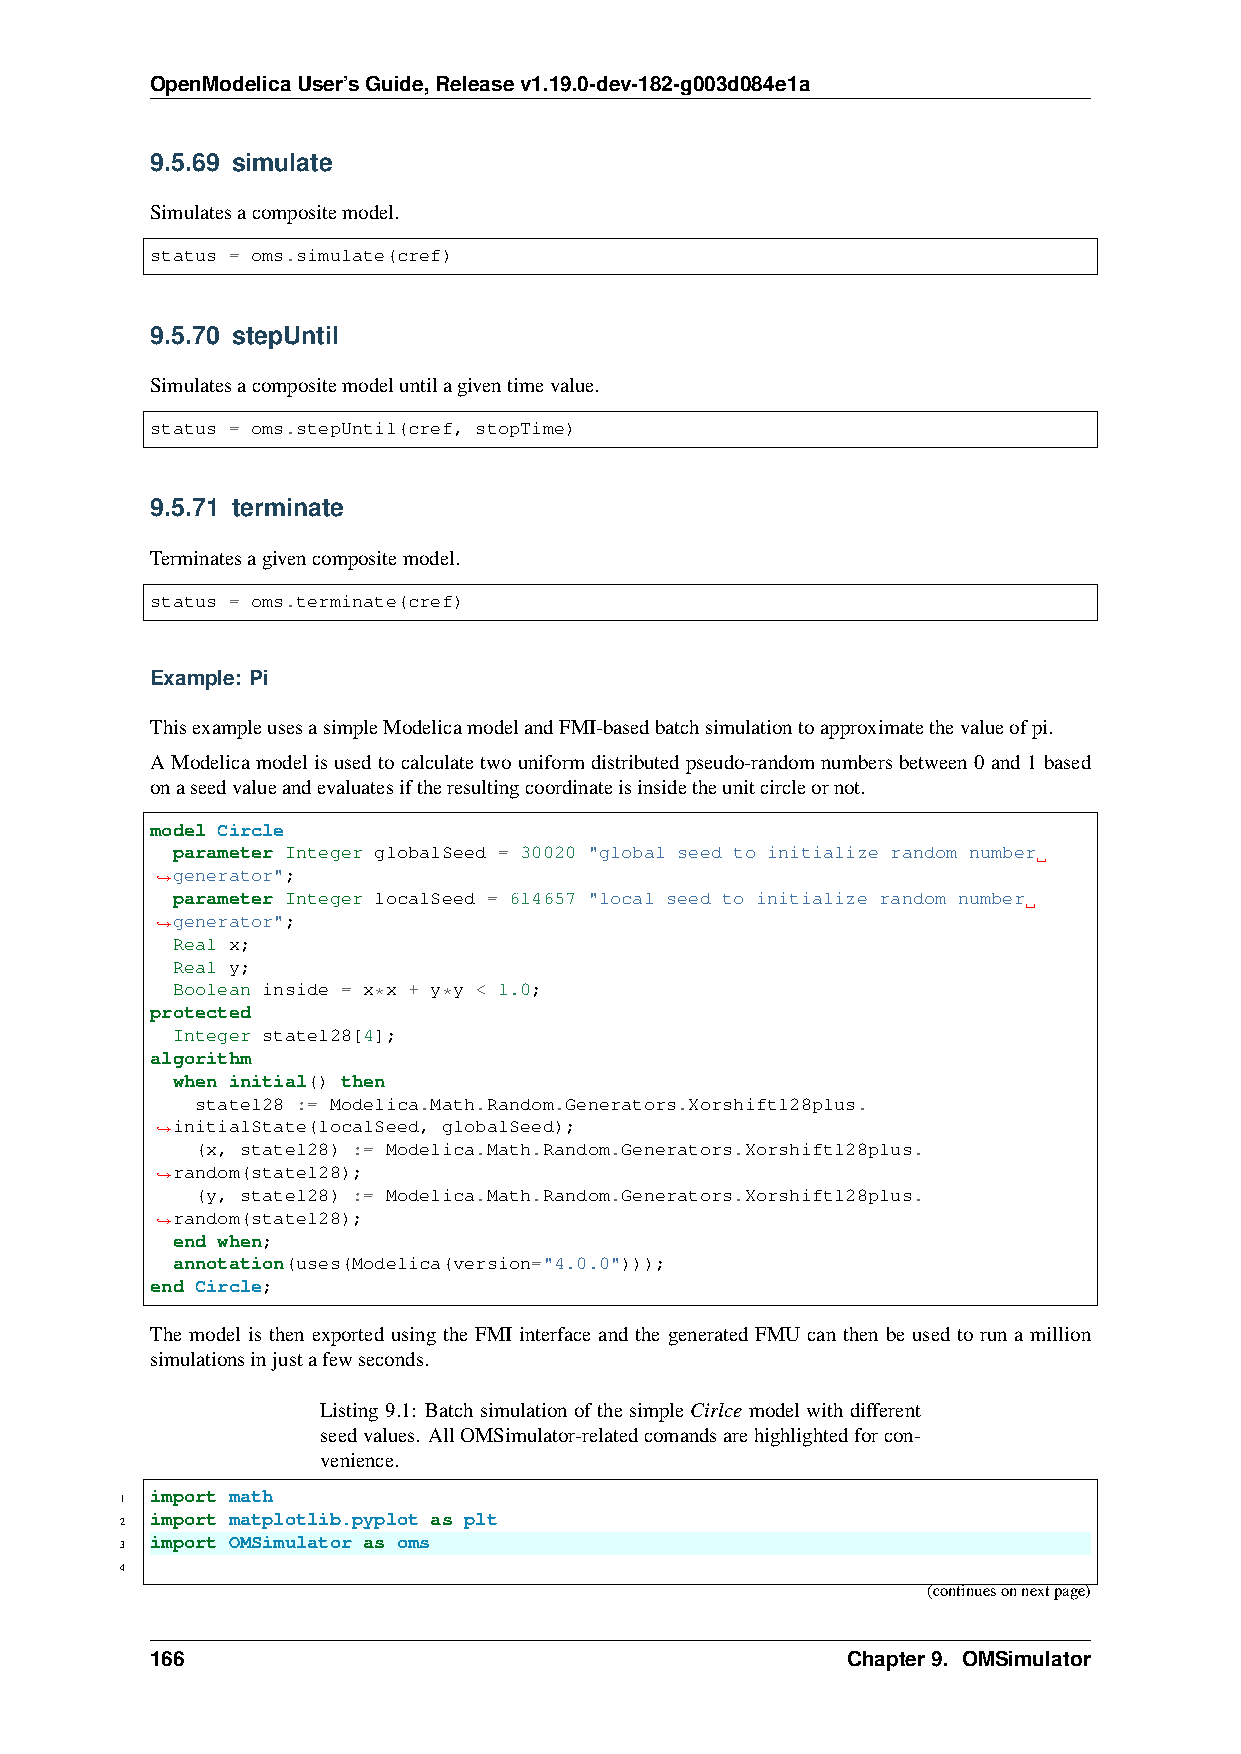
OpenModelicaUser’sGuide,Releasev1.19.0-dev-182-g003d084e1a
 9.5.69 simulate
 Simulatesacompositemodel.
 status = oms.simulate(cref)
 9.5.70 stepUntil
 Simulatesacompositemodeluntilagiventimevalue.
 status = oms.stepUntil(cref, stopTime)
 9.5.71 terminate
 Terminatesagivencompositemodel.
 status = oms.terminate(cref)
 Example: Pi
 ThisexampleusesasimpleModelicamodelandFMI-basedbatchsimulationtoapproximatethevalueofpi.
 AModelicamodelisusedtocalculatetwouniformdistributedpseudo-randomnumbersbetween0and1based
 onaseedvalueandevaluatesiftheresultingcoordinateisinsidetheunitcircleornot.
 model Circle
 parameter Integer globalSeed = 30020 "global seed to initialize random number
 generator";
 ˓→
 parameter Integer localSeed = 614657 "local seed to initialize random number
 generator";
 ˓→
 Real x;
 Real y;
 Boolean inside = x*x + y*y < 1.0;
 protected
 Integer state128[4];
 algorithm
 when initial() then
 state128 := Modelica.Math.Random.Generators.Xorshift128plus.
 initialState(localSeed, globalSeed);
 ˓→
 (x, state128) := Modelica.Math.Random.Generators.Xorshift128plus.
 random(state128);
 ˓→
 (y, state128) := Modelica.Math.Random.Generators.Xorshift128plus.
 random(state128);
 ˓→
 end when;
 annotation(uses(Modelica(version="4.0.0")));
 end Circle;
 The model is then exported using the FMI interface and the generated FMU can then be used to run a million
 simulationsinjustafewseconds.
 Listing9.1: BatchsimulationofthesimpleCirlcemodelwithdifferent
 seedvalues. AllOMSimulator-relatedcomandsarehighlightedforcon-
 venience.
 import math
 1
 import matplotlib.pyplot as plt
 2
 import OMSimulator as oms
 3
 4
 (continuesonnextpage)
 166                                           Chapter9. OMSimulator